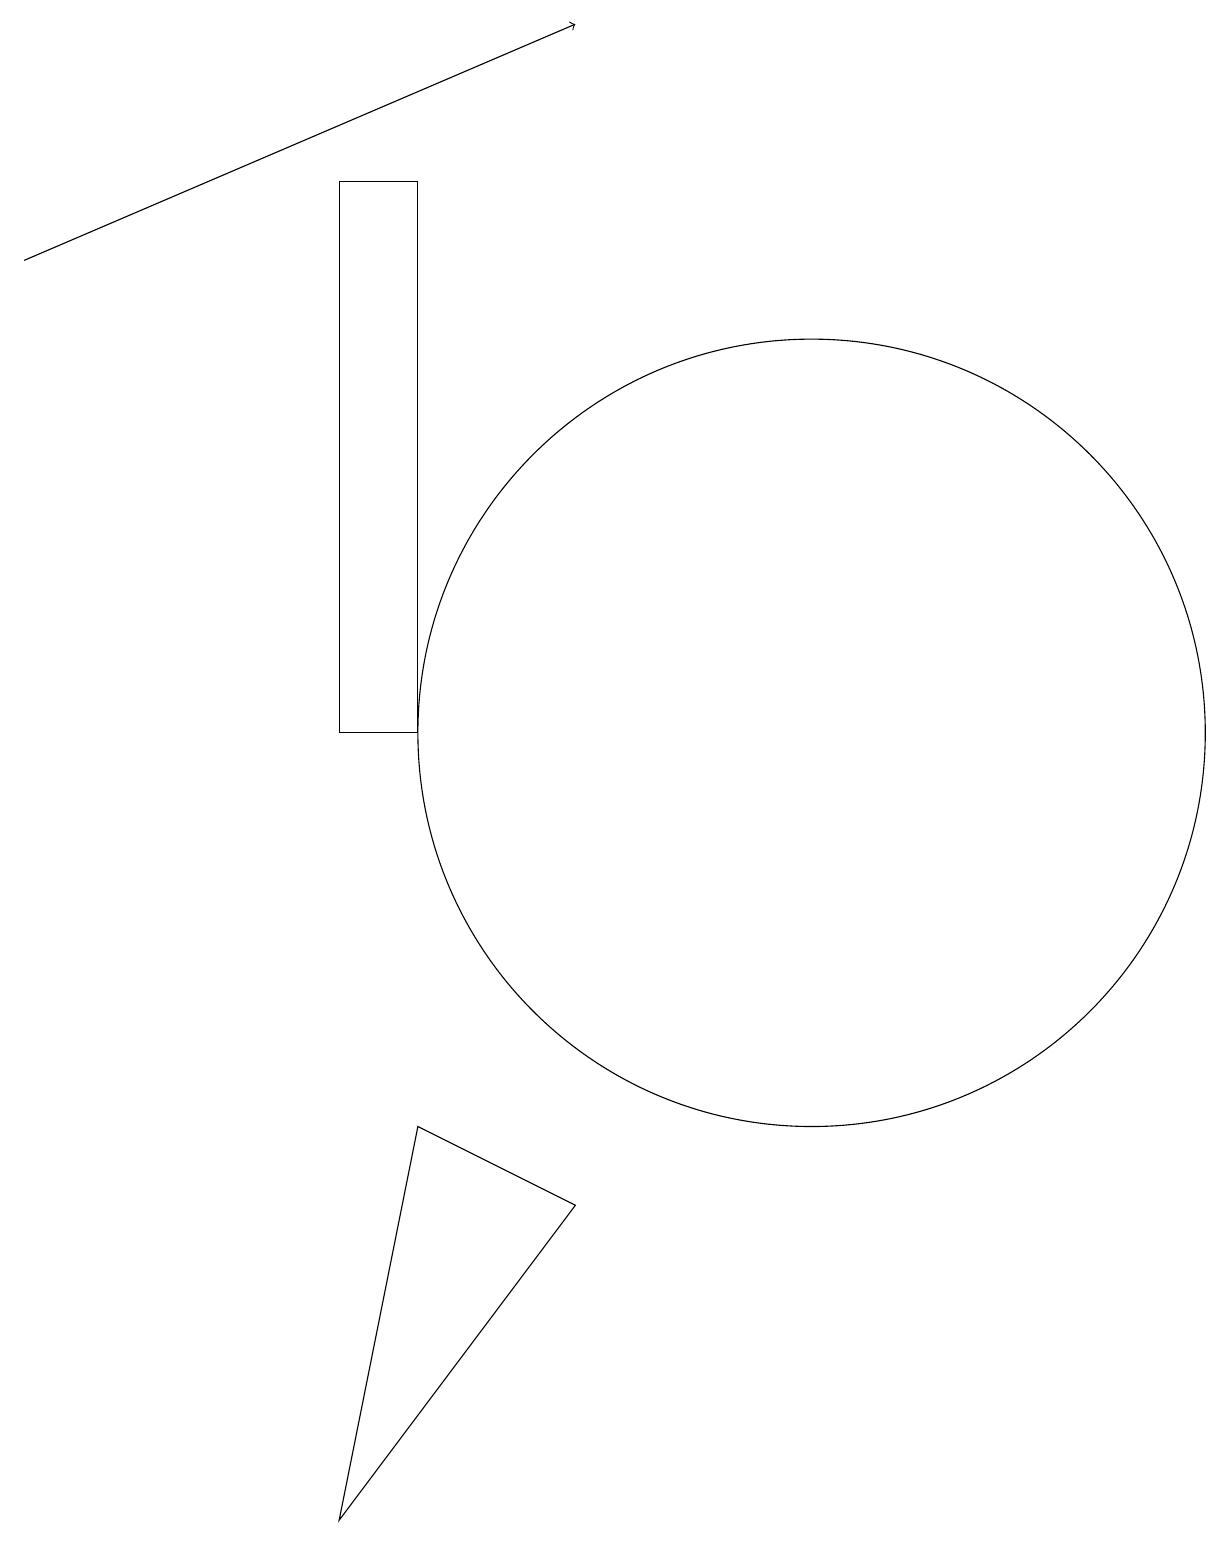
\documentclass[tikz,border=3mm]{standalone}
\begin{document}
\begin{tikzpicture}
\draw (4,0) -- (5,5) -- (7,4) -- cycle;
\draw (5,17) rectangle (4,10);
\draw (10,10) circle (5);
\draw[->] (0,16) -- (7,19);
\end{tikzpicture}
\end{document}